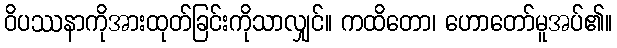
ဝိပဿနာကိုအားထုတ်ခြင်းကိုသာလျှင်။ ကထိတော၊ ဟောတော်မူအပ်၏။